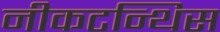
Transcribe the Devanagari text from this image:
नीकटन्थिस